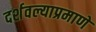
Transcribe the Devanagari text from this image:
दर्शवल्याप्रमाणे